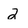
Character: 2